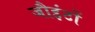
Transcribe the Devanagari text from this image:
जौइंटों